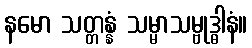
နမော သတ္တန္နံ သမ္မာသမ္ဗုဒ္ဓါနံ။